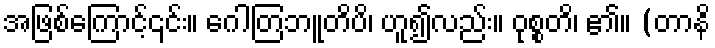
အဖြစ်ကြောင့်၎င်း။ ဂေါတြဘူတိပိ၊ ဟူ၍လည်း။ ဝုစ္စတိ၊ ၏။ (တာနိ